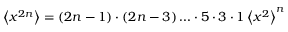
\left\langle x ^ { 2 n } \right\rangle = ( 2 n - 1 ) \cdot ( 2 n - 3 ) \ldots \cdot 5 \cdot 3 \cdot 1 \left\langle x ^ { 2 } \right\rangle ^ { n }